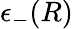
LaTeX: \epsilon_{-}(R)